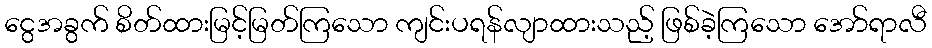
ငွေအခွက် စိတ်ထားမြင့်မြတ်ကြသော ကျင်းပရန်လျာထားသည့် ဖြစ်ခဲ့ကြသော အော်ရာလီ